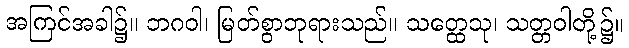
အကြင်အခါ၌။ ဘဂဝါ၊ မြတ်စွာဘုရားသည်။ သတ္ထေသု၊ သတ္တဝါတို့၌။